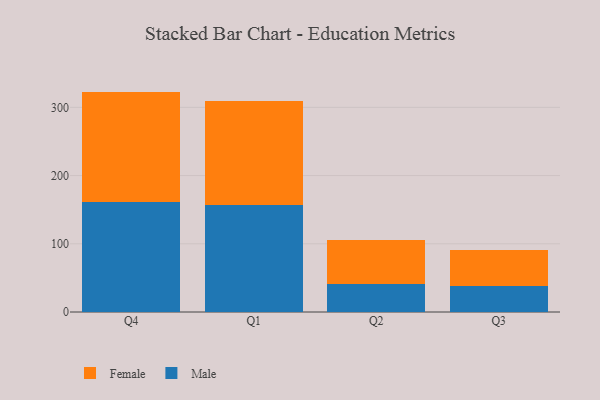
{"axis": {"x": "Quarter", "y": "Revenue (USD Million)"}, "legend": ["Female", "Male"], "data": [{"x": "Q4", "y": 160.9, "type": "Male"}, {"x": "Q4", "y": 162.2, "type": "Female"}, {"x": "Q1", "y": 156.9, "type": "Male"}, {"x": "Q1", "y": 152.8, "type": "Female"}, {"x": "Q2", "y": 40.9, "type": "Male"}, {"x": "Q2", "y": 65.3, "type": "Female"}, {"x": "Q3", "y": 37.4, "type": "Male"}, {"x": "Q3", "y": 53.6, "type": "Female"}]}